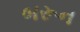
બરૂન